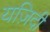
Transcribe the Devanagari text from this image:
यज़िदी